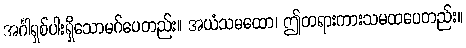
အင်္ဂါရှစ်ပါးရှိသောမဂ်ပေတည်း။ အယံသမထော၊ ဤတရားကားသမထပေတည်း။